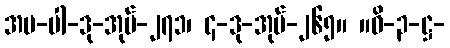
အပ-ပါ-ဒု-အုပ်-၂၇၁၊ ၄-ဒု-အုပ်-၂၆၅။ ။ဝိ-၃-ဋ္ဌ-